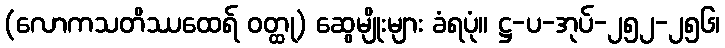
(လောကသတိဿထေရ် ဝတ္ထု) ဆွေမျိုးများ ခံရပုံ။ ဋ္ဌ-ပ-အုပ်-၂၅၂-၂၅၆၊